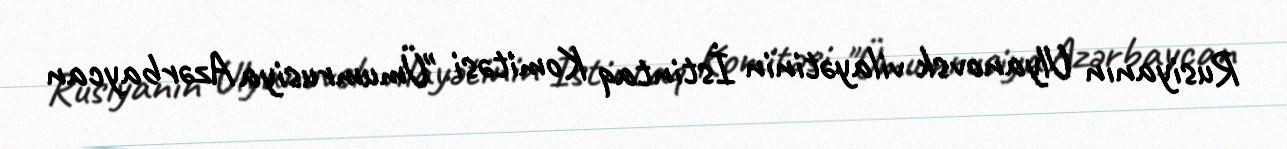
Rusiyanın Ulyanovsk vilayətinin İstintaq Komitəsi "Ümumrusiya Azərbaycan